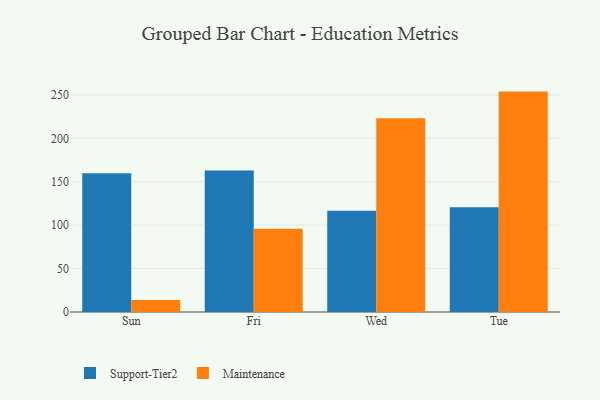
{"axis": {"x": "Day", "y": "Inventory Turnover"}, "legend": ["Maintenance", "Support-Tier2"], "data": [{"x": "Sun", "y": 159.9, "type": "Support-Tier2"}, {"x": "Sun", "y": 13.8, "type": "Maintenance"}, {"x": "Fri", "y": 162.9, "type": "Support-Tier2"}, {"x": "Fri", "y": 95.8, "type": "Maintenance"}, {"x": "Wed", "y": 116.7, "type": "Support-Tier2"}, {"x": "Wed", "y": 223.0, "type": "Maintenance"}, {"x": "Tue", "y": 120.6, "type": "Support-Tier2"}, {"x": "Tue", "y": 253.8, "type": "Maintenance"}]}